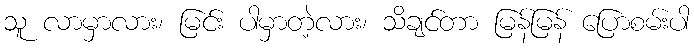
သူ လာမှာလား၊ မြင်း ပါမှာတဲ့လား၊ သိချင်တာ မြန်မြန် ပြောစမ်းပါ